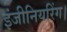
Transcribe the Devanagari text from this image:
इंजीनियरिंग।